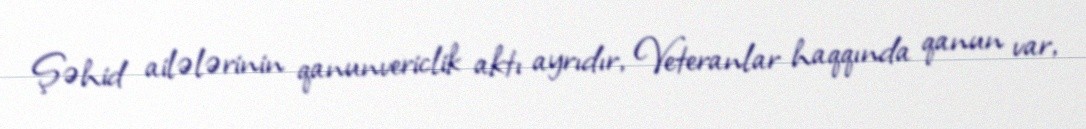
Şəhid ailələrinin qanunvericlik aktı ayrıdır, Veteranlar haqqında qanun var,